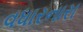
વધારનારા